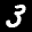
Label: 3